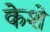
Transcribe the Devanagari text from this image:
केशे